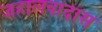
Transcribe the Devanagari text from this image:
जहालवादास